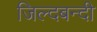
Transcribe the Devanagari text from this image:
जिल्दबन्दी